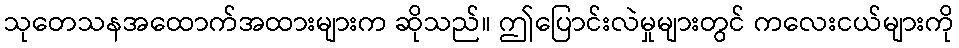
သုတေသနအထောက်အထားများက ဆိုသည်။ ဤပြောင်းလဲမှုများတွင် ကလေးငယ်များကို